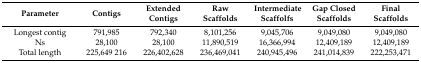
<table><thead><tr><td><b>Parameter</b></td><td><b>Contigs</b></td><td><b>Extended Contigs</b></td><td><b>Raw Scaffolds</b></td><td><b>Intermediate Scaffolfs</b></td><td><b>Gap Closed Scaffolds</b></td><td><b>Final Scaffolds</b></td></tr></thead><tbody><tr><td>Longest contig</td><td>791,985</td><td>792,340</td><td>8,101,256</td><td>9,045,706</td><td>9,049,080</td><td>9,049,080</td></tr><tr><td>Ns</td><td>28,100</td><td>28,100</td><td>11,890,519</td><td>16,366,994</td><td>12,409,189</td><td>12,409,189</td></tr><tr><td>Total length</td><td>225,649 216</td><td>226,402,628</td><td>236,469,041</td><td>240,945,496</td><td>241,014,839</td><td>222,253,471</td></tr></tbody></table>